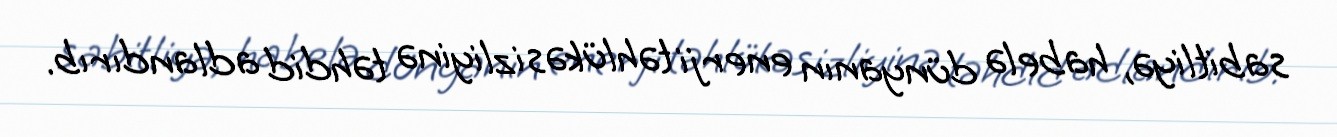
sabitliyə, habelə dünyanın enerji təhlükəsizliyinə təhdid adlandırıb.